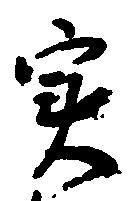
実